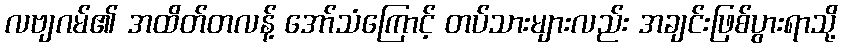
လဗျဂမ်၏ အထိတ်တလန့် အော်သံကြောင့် တပ်သားများလည်း အချင်းဖြစ်ပွားရာသို့